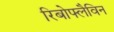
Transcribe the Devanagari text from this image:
रिबोफ्लैविन